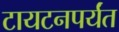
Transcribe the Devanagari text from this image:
टायटनपर्यंत